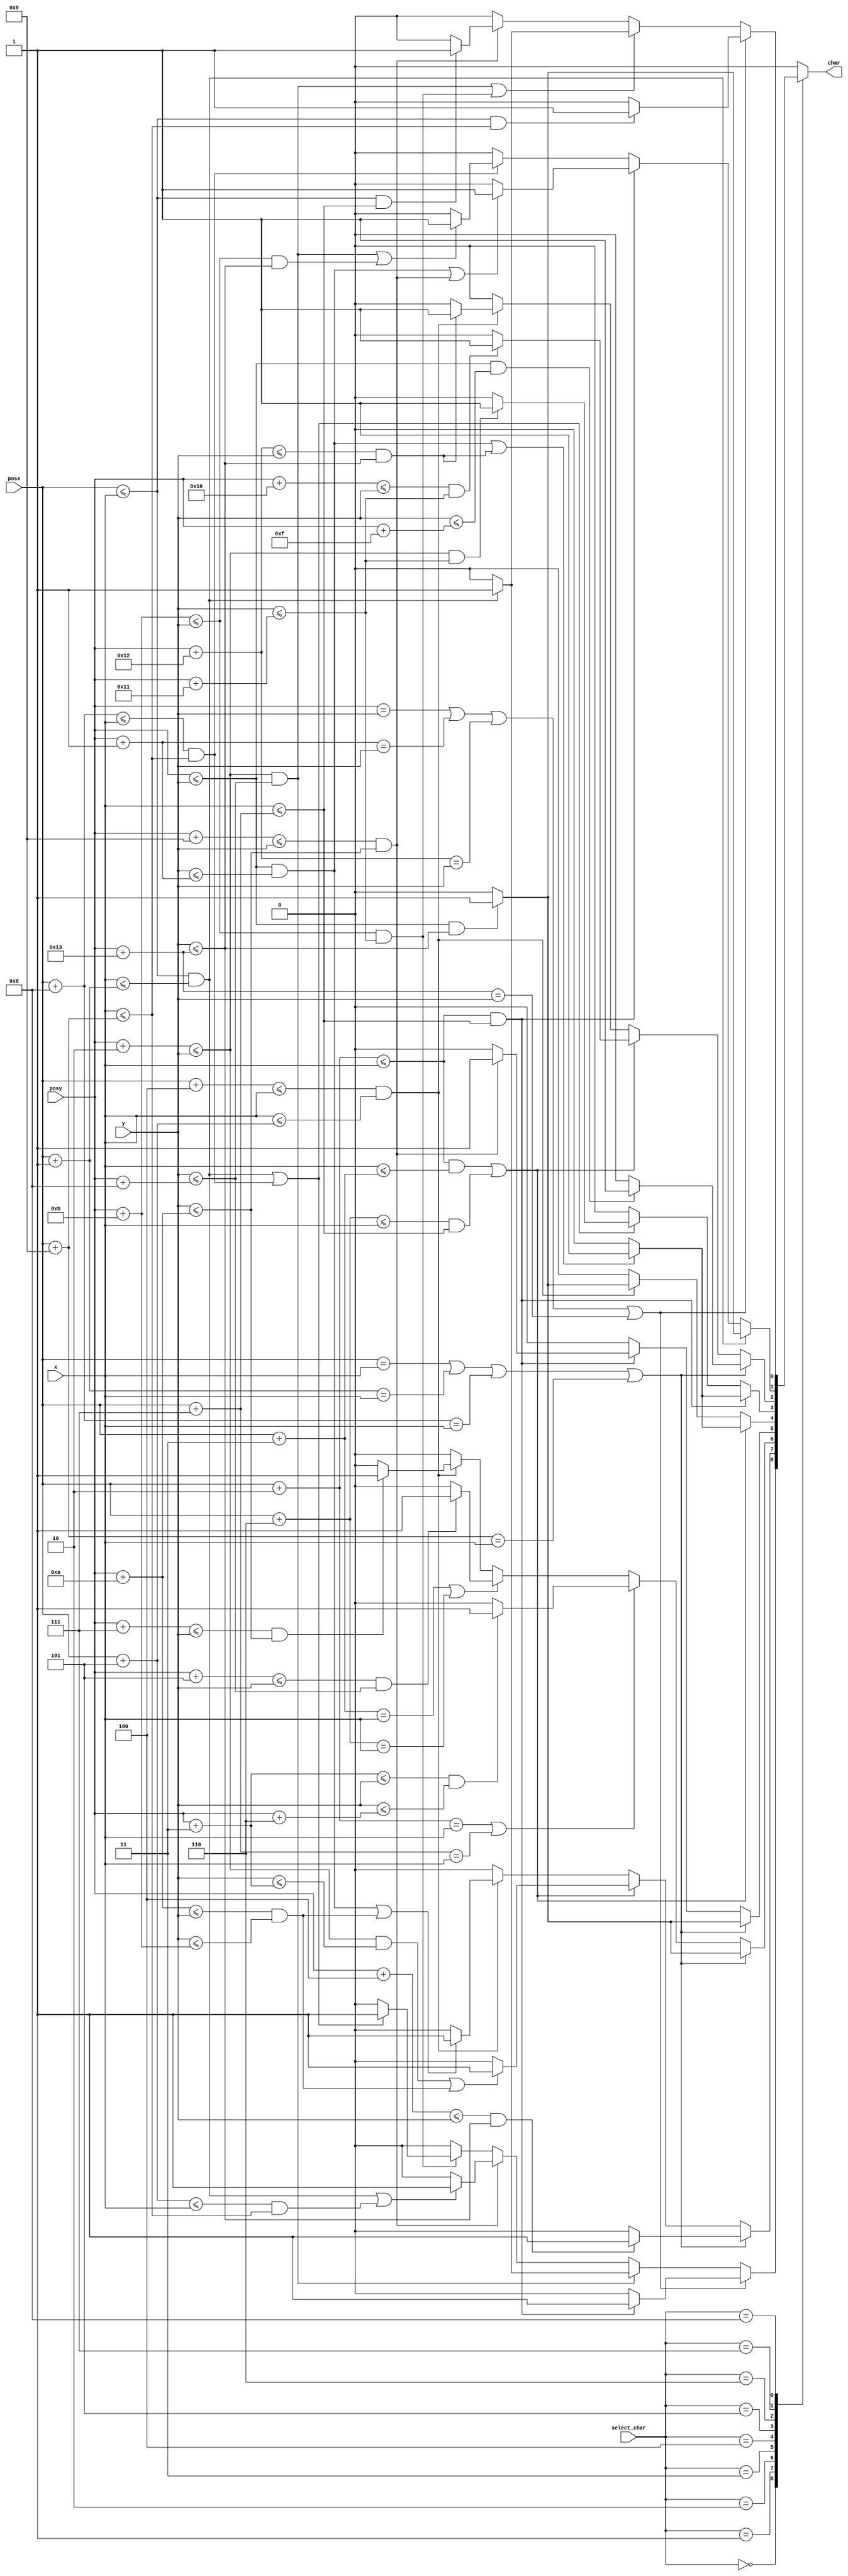
`timescale 1ns / 1ps
//////////////////////////////////////////////////////////////////////////////////
// Company: 
// Engineer: 
// 
// Design Name: 
// Module Name: alphabet
// Project Name: 
// Target Devices: 
// Tool Versions: 
// Description: 
// 
// Dependencies: 
// 
// Revision:
// Revision 0.01 - File Created
// Additional Comments:
// 
//////////////////////////////////////////////////////////////////////////////////

module alphabet(
    input [9:0] x, y,
    input [31:0] posx, posy,
    input [4:0] select_char,
    output char
    );    
    reg isChar;
    //0 => G
    //1 => A
    //2 => M
    //3 => H
    //4 => I
    //5 => O
    //6 => V
    //7 => R
    //8 => E
    
    always @(x or y)
    begin
        isChar = 0;
        case(select_char)
            0: begin // G
                if(posy == y || (posy+1) == y || (posy+18) == y || (posy+19) == y) begin
                    if((posx+2) <= x && x <= (posx+7)) begin
                        isChar = 1;
                    end
                end 
                else if(((posy+2) <= y && y <= (posy+8))) begin
                    if(posx <= x && x <= (posx+1)) begin
                        isChar = 1;
                    end
                end
                else if(((posy+9) <= y && y <= (posy+10))) begin
                    if((posx <= x && x <= (posx+1)) || ((posx+5) <= x && x <= (posx+9))) begin
                        isChar = 1;
                    end
                end
                else if(((posy+11) <= y && y <= (posy+17))) begin
                    if((posx <= x && x <= (posx+1)) || ((posx+8) <= x && x <= (posx+9))) begin
                        isChar = 1;
                    end
                end
            end
            1: begin // A
                if(posx == x || (posx+1) == x || (posx+8) == x || (posx+9) == x) begin
                    if((posy+4) <= y && y <= (posy+19)) begin
                        isChar = 1;
                    end
                end
                else if((posx+2) <= x && x <= (posx+3) || (posx+6) <= x && x <= (posx+7)) begin
                    if(((posy+2) <= y && y <= (posy+3)) || ((posy+10) <= y && y <= (posy+11))) begin
                        isChar = 1;
                    end
                end
                else if((posx+4) <= x && x <= (posx+5)) begin
                    if(((posy) <= y && y <= (posy+1)) || ((posy+10) <= y && y <= (posy+11))) begin
                        isChar = 1;
                    end
                end
            end
            2: begin // M
                if(posx == x || (posx+1) == x || (posx+8) == x || (posx+9) == x) begin
                    if((posy) <= y && y <= (posy+19)) begin
                        isChar = 1;
                    end
                end
                else if((posx+2) == x || (posx+7) == x) begin
                    if((posy+3) <= y && y <= (posy+6)) begin
                        isChar = 1;
                    end
                end
                else if((posx+3) == x || (posx+6) == x) begin
                    if((posy+5) <= y && y <= (posy+8)) begin
                        isChar = 1;
                    end
                end
                else if((posx+4) <= x && x <= (posx+5)) begin
                    if((posy+7) <= y && y <= (posy+10)) begin
                        isChar = 1;
                    end
                end
            end
            3: begin // H
                if(posx == x || (posx+1) == x || (posx+8) == x || (posx+9) == x) begin
                    if((posy) <= y && y <= (posy+19)) begin
                        isChar = 1;
                    end
                end
                else if((posx+2) <= x && x <= (posx+7)) begin
                    if((posy+9) <= y && y <= (posy+10)) begin
                        isChar = 1;
                    end
                end
            end
            4: begin // I
                if(((posx+2) <= x && x <= (posx+3)) || ((posx+6) <= x && x <= (posx+7))) begin
                    if(((posy) <= y && y <= (posy+1)) || ((posy+18) <= y && y <= (posy+19)))begin
                        isChar = 1;
                    end
                end
                else if((posx+4) <= x && x <= (posx+5)) begin
                    if((posy) <= y && y <= (posy+19)) begin
                        isChar = 1;
                    end
                end
            end
            5: begin // O
                if((posx+2) <= x && x <= (posx+7)) begin
                    if(((posy) <= y && y <= (posy+1)) || ((posy+18) <= y && y <= (posy+19)))begin
                        isChar = 1;
                    end
                end
                else if(((posx) <= x && x <= (posx+1)) || ((posx+8) <= x && x <= (posx+9))) begin
                    if((posy+2) <= y && y <= (posy+17))begin
                        isChar = 1;
                    end
                end
            end
            6: begin // V
                if(posx == x || (posx+1) == x || (posx+8) == x || (posx+9) == x) begin
                    if((posy) <= y && y <= (posy+15)) begin
                        isChar = 1;
                    end
                end
                else if(((posx+2) <= x && x <= (posx+3))|| ((posx+6) <= x && x <= (posx+7))) begin
                    if((posy+16) <= y && y <= (posy+17)) begin
                        isChar = 1;
                    end
                end
                else if((posx+4) <= x && x <= (posx+5)) begin
                    if((posy+18) <= y && y <= (posy+19)) begin
                        isChar = 1;
                    end
                end
            end
            7: begin // R
                if(posx <= x && x <= (posx+1)) begin
                    if((posy) <= y && y <= (posy+19)) begin
                        isChar = 1;
                    end
                end
                else if((posx+2) <= x && x <= (posx+7)) begin
                    if((posy) <= y && y <= (posy+1) || (posy+9) <= y && y <= (posy+10)) begin
                        isChar = 1;
                    end
                end
                else if((posx+8) <= x && x <= (posx+9)) begin
                    if((posy+2) <= y && y <= (posy+8) || (posy+11) <= y && y <= (posy+19)) begin
                        isChar = 1;
                    end
                end
            end
            8: begin // E
                if(posy == y || (posy+1) == y || (posy+18) == y || (posy+19) == y) begin
                    if((posx) <= x && x <= (posx+9)) begin
                        isChar = 1;
                    end
                end 
                else if(((posy+2) <= y && y <= (posy+8))||((posy+11) <= y && y <= (posy+17))) begin
                    if(posx <= x && x <= (posx+1)) begin
                        isChar = 1;
                    end
                end
                else if(((posy+9) <= y && y <= (posy+10))) begin
                    if((posx <= x && x <= (posx+7))) begin
                        isChar = 1;
                    end
                end
            end
        endcase
    end
    
    assign char = isChar;    
endmodule